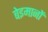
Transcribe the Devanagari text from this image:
बेइमानों